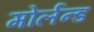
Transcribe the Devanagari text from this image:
मोर्लन्ड